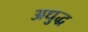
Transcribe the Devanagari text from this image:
अधुद्ध